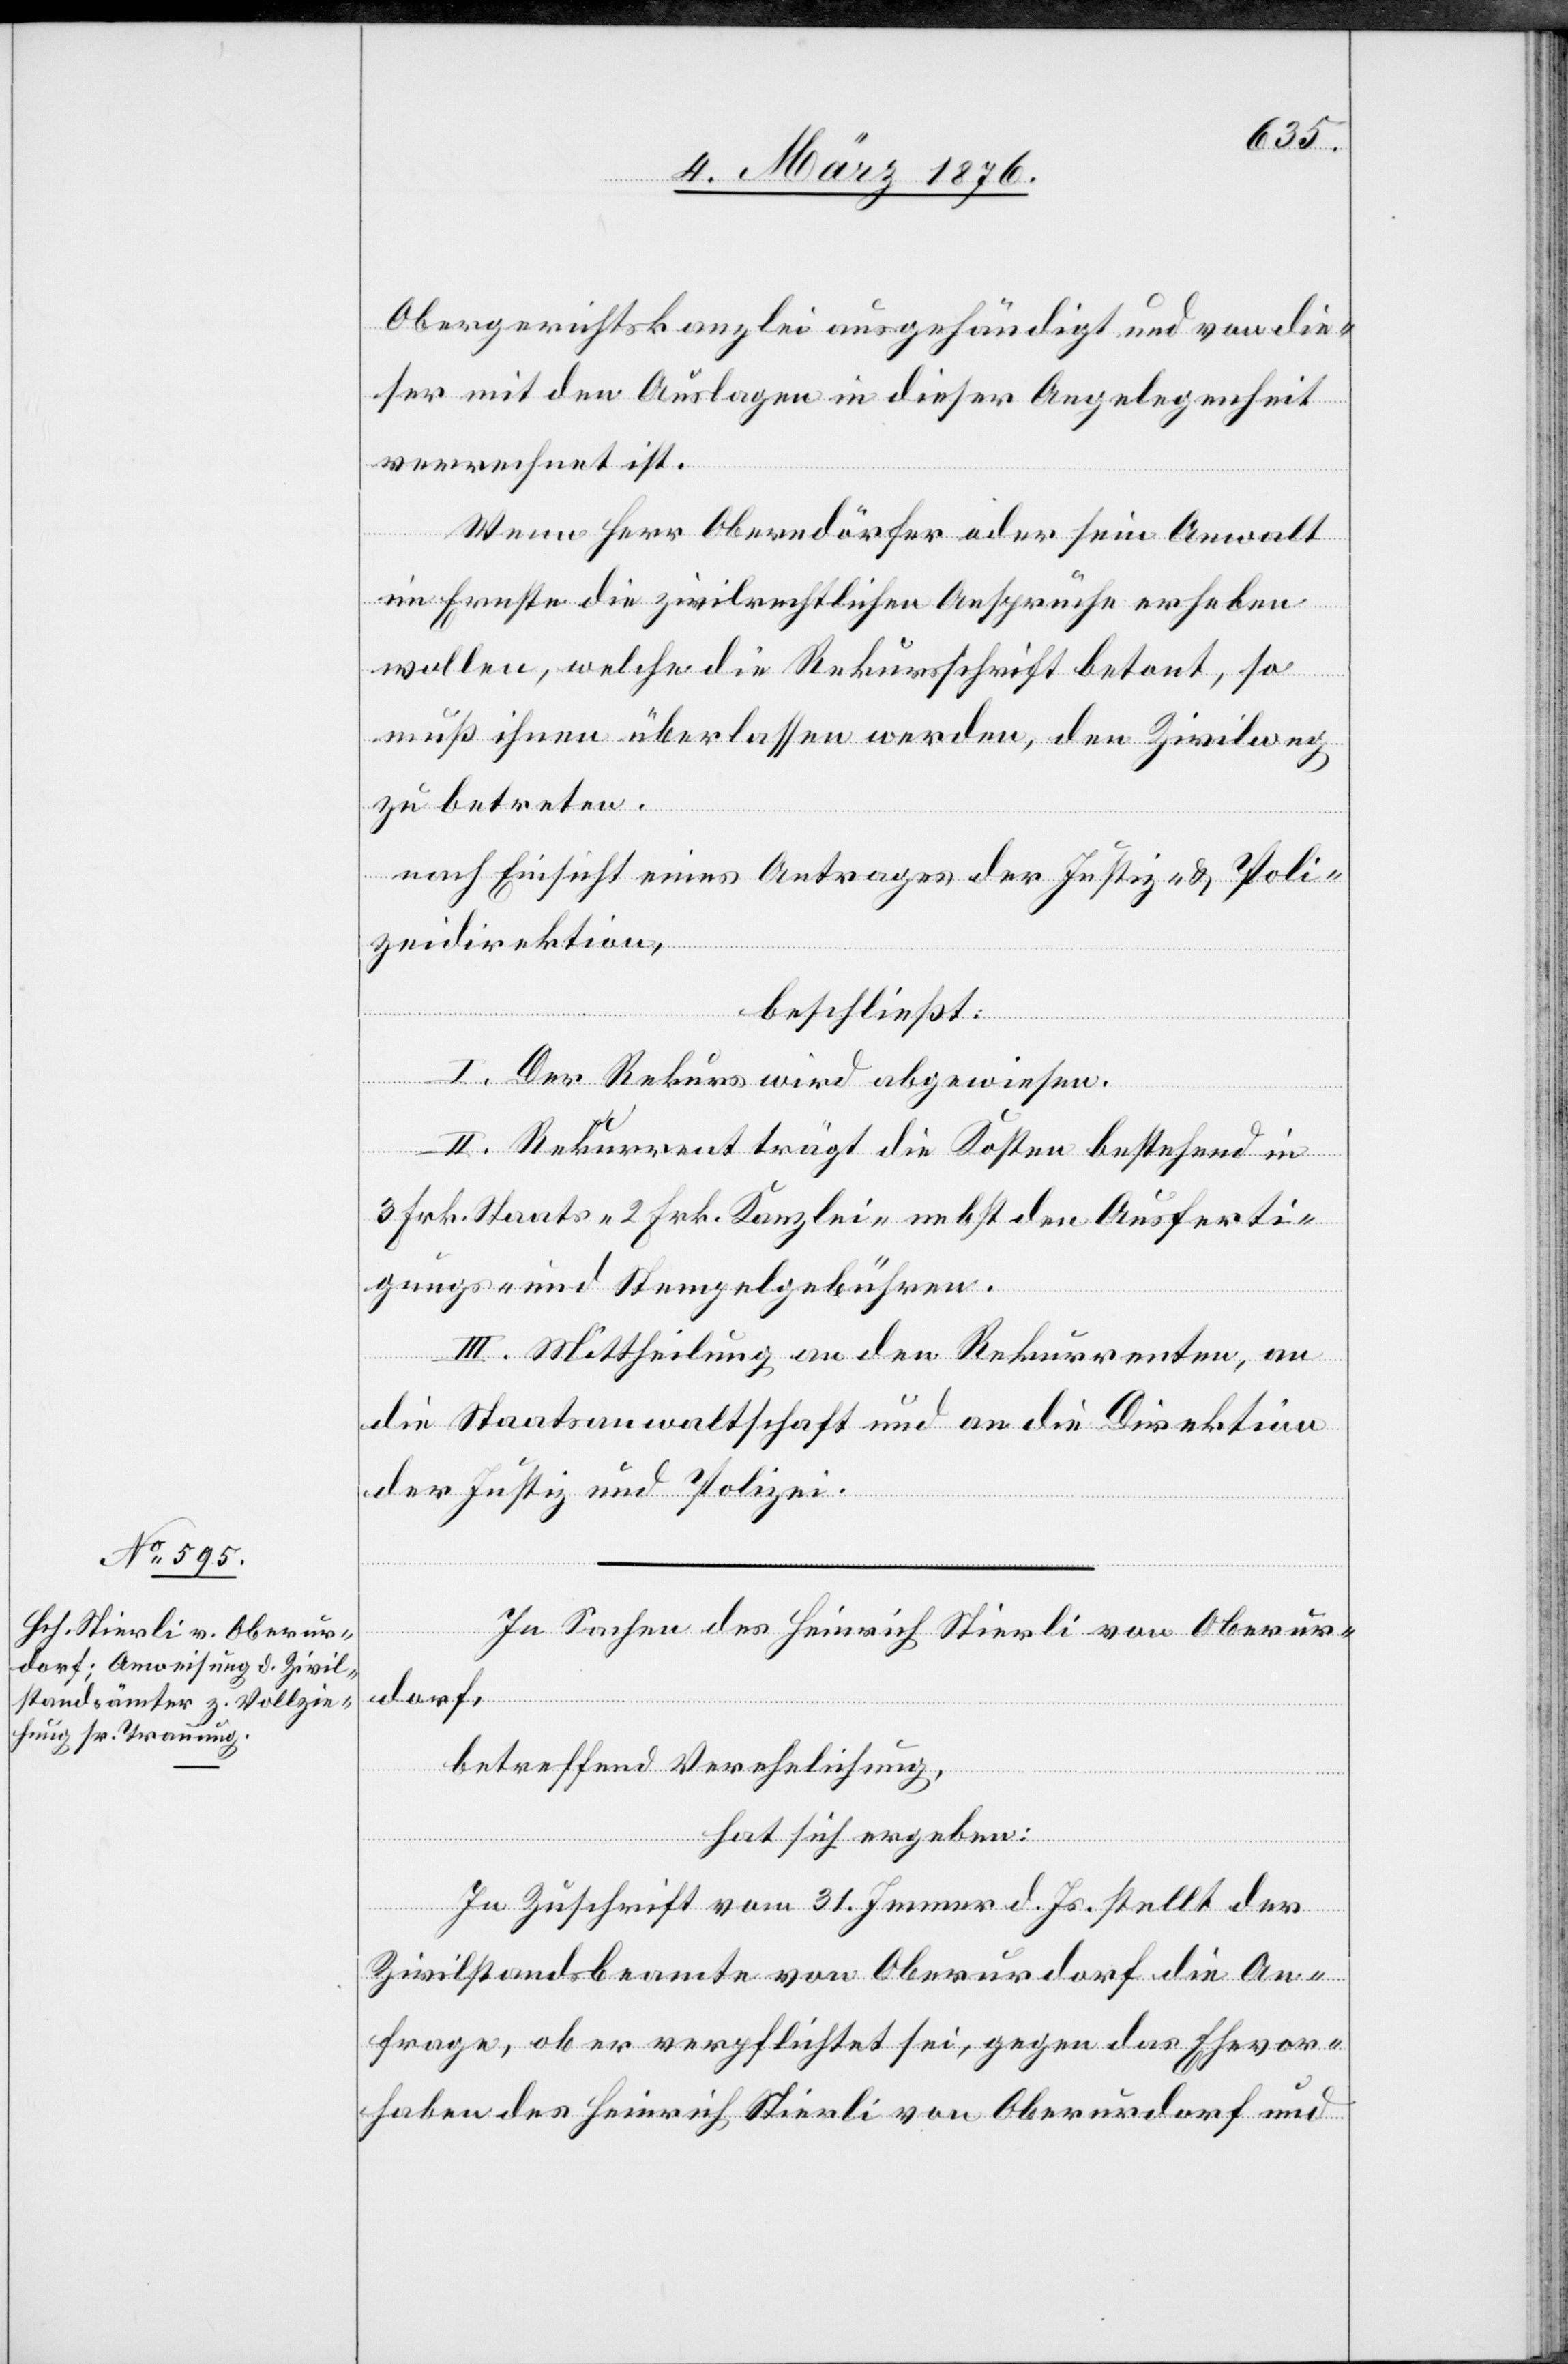
Obergerichtskanzlei ausgehändigt und von die¬
ser mit Auslagen in dieser Angelegenheit
verrechnet ist.
Wenn Herr Oberndörfer oder sein Anwalt
im Ernste die zivilrechtlichen Ansprüche erheben
wollen, welche die Rekursschrift betont, so
muß ihnen überlassen werden, den Zivilweg
zu betreten.
nach Einsicht eines Antrages der Justiz- & Poli¬
zeidirektion,
beschließt:
I. Der Rekurs wird abgewiesen.
II. Rekurrent trägt die Kosten bestehend in
3 Frk. Staats-, 2 Frk. Kanzlei- nebst den Ausferti¬
gungs- und Stempelgebühren.
III. Mittheilung an den Rekurrenten, an
die Staatsanwaltschaft und an die Direktion
der Justiz und Polizei.
In Sachen des Heinrich Stierli von Oberur¬
dorf,
betreffend Verehelichung,
hat sich ergeben:
In Zuschrift vom 31. Jenner d. Js. stellt der
Zivilstandsbeamte von Oberurdorf die An¬
frage, ob er verpflichtet sei, gegen das Ehevor¬
haben des Heinrich Stierli von Oberurdorf und